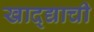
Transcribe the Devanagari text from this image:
खाद्द्याची